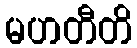
မဟတီတိ